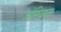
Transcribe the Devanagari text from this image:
जोरियान